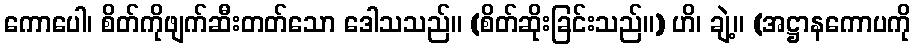
ကောပေါ၊ စိတ်ကိုဖျက်ဆီးတတ်သော ဒေါသသည်။ (စိတ်ဆိုးခြင်းသည်။) ဟိ၊ ချဲ့။ (အဋ္ဌာနကောပကို